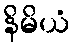
နိမိယံ